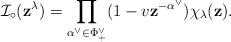
LaTeX: \begin{align*} \mathcal{I}_{\circ} (\mathbf{z}^{\lambda}) = \prod_{\alpha^\vee \in \Phi^{\vee}_+} (1 - v\mathbf{z}^{- \alpha^\vee}) \chi_{\lambda} (\mathbf{z}) . \end{align*}